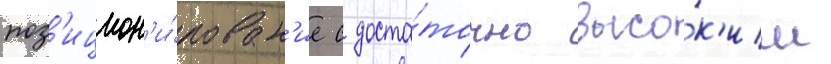
поз'ицион'и́рован'ие с доста́точно высо́к'им